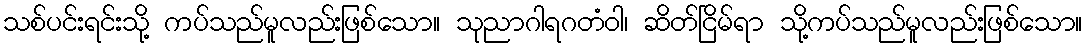
သစ်ပင်းရင်းသို့ ကပ်သည်မူလည်းဖြစ်သော။ သုညာဂါရဂတံဝါ၊ ဆိတ်ငြိမ်ရာ သို့ကပ်သည်မူလည်းဖြစ်သော။